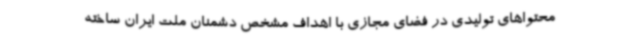
محتواهای تولیدی در فضای مجازی با اهداف مشخص دشمنان ملت ایران ساخته